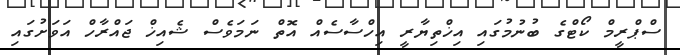
ސްޕްރީމް ކޯޓްގެ ބުނުމުގައި އިޚްތިޔާރީ އިހްސާސެއް އޮތް ނަމަވެސް ޝެއިޚް ޖައްރާހް އަވަށުގައި